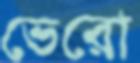
ভেরো